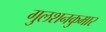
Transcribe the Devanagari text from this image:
गुलशनकुमार